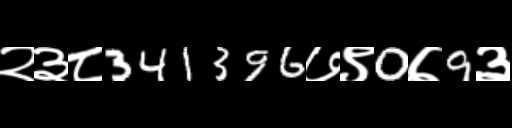
Text: २३८341396७९0७9३